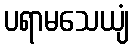
ပရာမသေယျံ